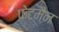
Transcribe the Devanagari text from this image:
फेटमैन